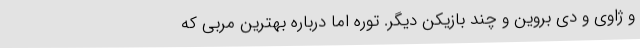
و ژاوی و دی بروین و چند بازیکن دیگر. توره اما درباره بهترین مربی که